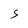
Character: S